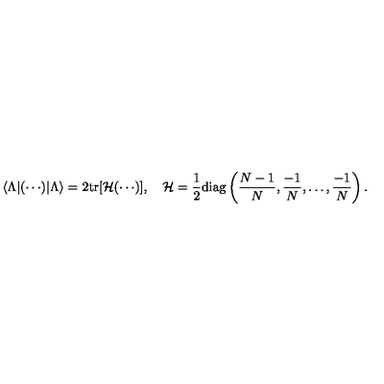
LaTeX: \langle \Lambda | ( \cdots ) | \Lambda \rangle = 2 \mathrm { t r } [ { \cal H } ( \cdots ) ] , \quad { \cal H } = { \frac { 1 } { 2 } } \mathrm { d i a g } \left( { \frac { N - 1 } { N } } , { \frac { - 1 } { N } } , \ldots , { \frac { - 1 } { N } } \right) .